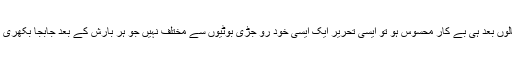
اگر ایک لکھی گئی کاوش چند سالوں بعد ہی بے کار محسُوس ہو تو ایسی تحریر ایک ایسی خُود رو جڑی بُوٹیوں سے مُختلف نہیں جو ہر بارش کے بعد جابجا بکھری اور اُگی ہُوئی نظر آنے لگتی ہیں۔